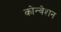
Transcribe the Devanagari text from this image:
कोन्वेशन